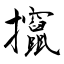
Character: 攛